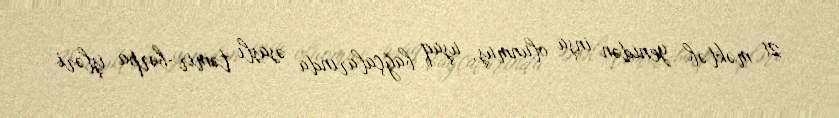
21 məktəb yenidən inşa olunmuş, uşaq bağçalarında əsaslı təmir-bərpa işləri